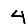
Digit: 4